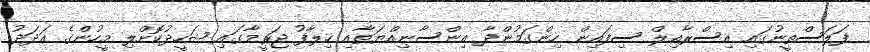
ފަލަސްތީނުގައި އިސްރާއިލް ސިފައިން ހިންގަމުންދާ އިންސާނިއްޔަތާއި ޚިލާފު ޖަރީމާގައިި ޝަހީދުކޮށްލި މީހުންގެ ޢަދަދު